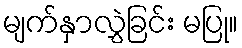
မျက်နှာလွှဲခြင်း မပြု။